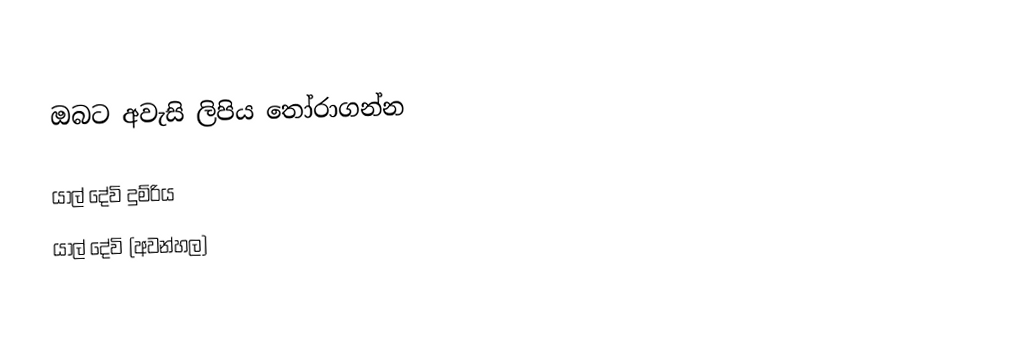
ඔබට අවැසි ලිපිය තෝරාගන්න

 යාල් දේවි දුම්රිය
 යාල් දේවි (අවන්හල)